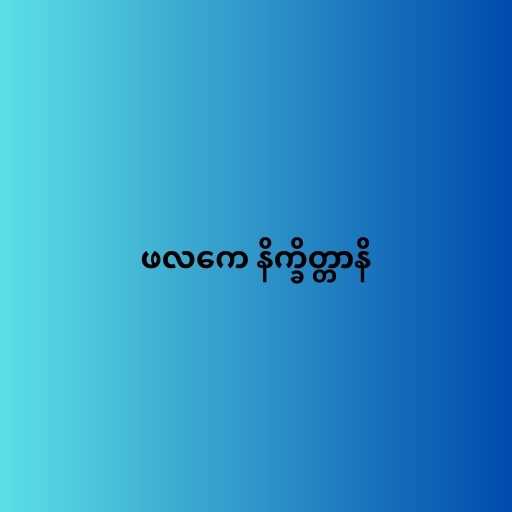
ဖလကေ နိက္ခိတ္တာနိ